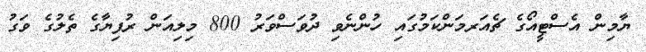
ޔާމިން އެސްޓީއޯގެ ޗެއަރމަންކަމުގައި ހުންނެވި ދުވަސްވަރު 800 މިލިއަން ރުފިޔާގެ ތެލުގެ ވަގު